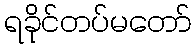
ရခိုင်တပ်မတော်